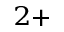
^ { 2 + }